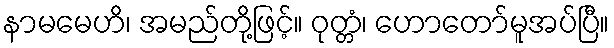
နာမမေဟိ၊ အမည်တို့ဖြင့်။ ဝုတ္တံ၊ ဟောတော်မူအပ်ပြီ။